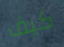
كيف